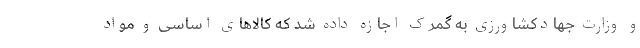
و وزارت جهادکشاورزی به گمرک اجازه داده شد که کالا‌های اساسی و مواد